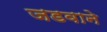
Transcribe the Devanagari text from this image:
जडवाने